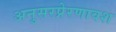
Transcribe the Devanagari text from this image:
अनुसरप्रेरणावश